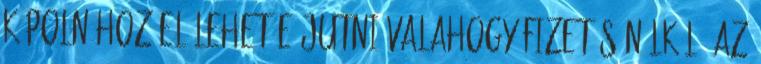
kápolnához el lehet e jutni valahogy fizetés nélkül. Az